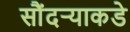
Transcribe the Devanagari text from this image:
सौंदर्‍याकडे